38_143685_box7_Incident_Summaries_1-100
Agency: Department of War
Page 97
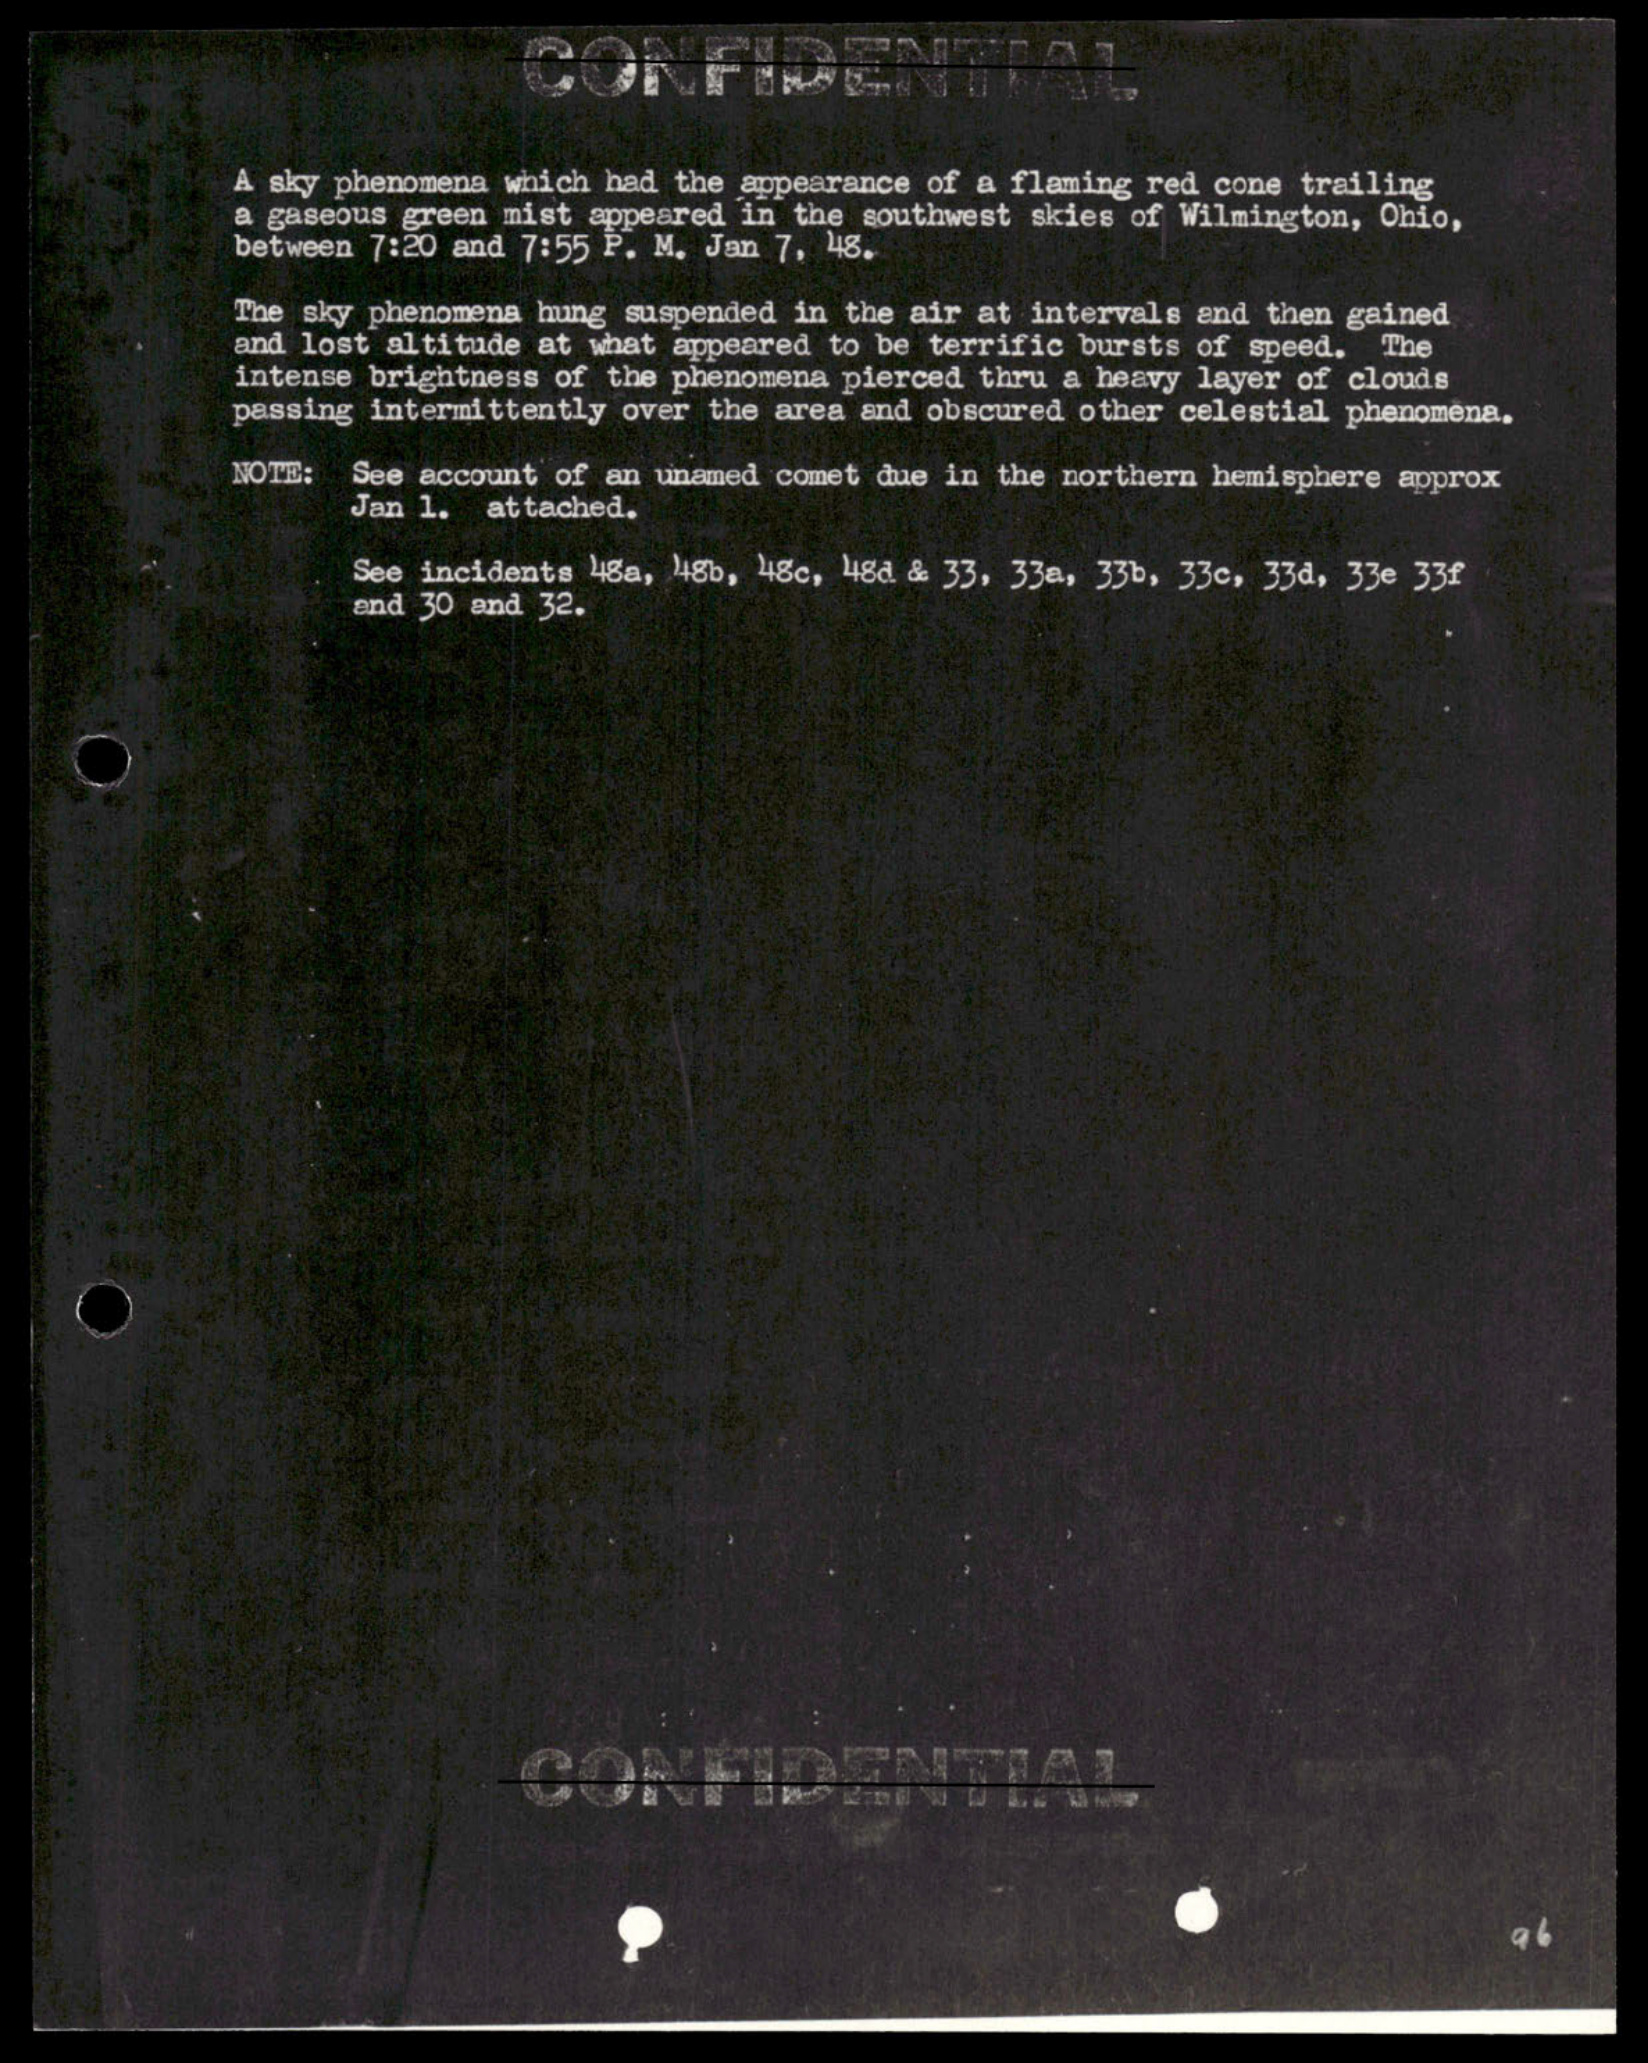